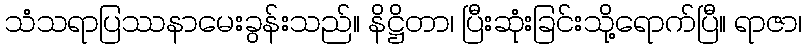
သံသရာပြဿနာမေးခွန်းသည်။ နိဋ္ဌိတာ၊ ပြီးဆုံးခြင်းသို့ရောက်ပြီ။ ရာဇာ၊